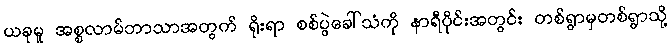
ယခုမူ အစ္စလာမ်ဘာသာအတွက် ရိုးရာ စစ်ပွဲခေါ်သံကို နာရီပိုင်းအတွင်း တစ်ရွာမှတစ်ရွာသို့